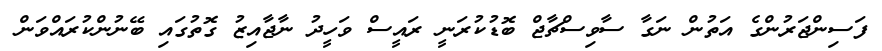
ފަސިންޖަރުންގެ އަތުން ނަގާ ސާވިސްޗާޖް ބޮޑުކުރަނީ ރައީސް ވަހީދު ނާޖާއިޒު ގޮތުގައި ބޭނުންކުރައްވަން